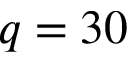
q = 3 0